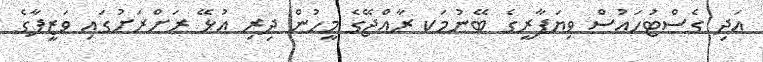
އަދި ގެސްޓުހައުސް ވިޔަފާރީގެ ބޭނުމަކ ރާއްޖޭގެ މީހުން ދިރި އުޅޭ ރަށްރަށުގައި ވަޒީފާގެ